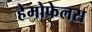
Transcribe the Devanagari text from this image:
हेमोफेलस